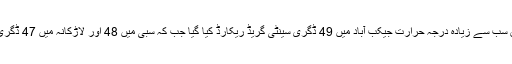
محکمہ موسمیات کے مطابق سب سے زیادہ درجہ حرارت جیکب آباد میں 49 ڈگری سینٹی گریڈ ریکارڈ کیا گیا جب کہ سبی میں 48 اور لاڑکانہ میں 47 ڈگری سینٹی گریڈ ریکارڈ کیا گیا۔